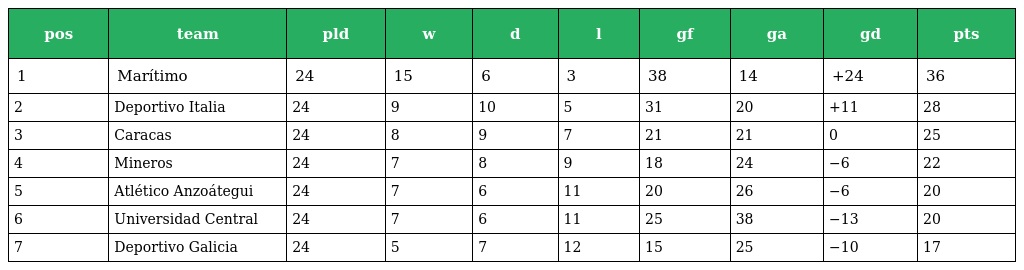
| pos | team | pld | w | d | l | gf | ga | gd | pts |
 | --- | --- | --- | --- | --- | --- | --- | --- | --- | --- |
 | 1 | Marítimo | 24 | 15 | 6 | 3 | 38 | 14 | +24 | 36 |
 | 2 | Deportivo Italia | 24 | 9 | 10 | 5 | 31 | 20 | +11 | 28 |
 | 3 | Caracas | 24 | 8 | 9 | 7 | 21 | 21 | 0 | 25 |
 | 4 | Mineros | 24 | 7 | 8 | 9 | 18 | 24 | −6 | 22 |
 | 5 | Atlético Anzoátegui | 24 | 7 | 6 | 11 | 20 | 26 | −6 | 20 |
 | 6 | Universidad Central | 24 | 7 | 6 | 11 | 25 | 38 | −13 | 20 |
 | 7 | Deportivo Galicia | 24 | 5 | 7 | 12 | 15 | 25 | −10 | 17 |